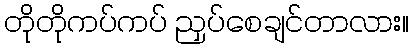
တိုတိုကပ်ကပ် ညှပ်စေချင်တာလား။